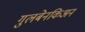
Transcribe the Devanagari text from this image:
गुलबेनकिअन